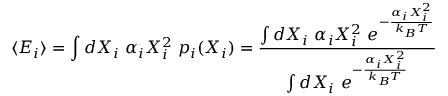
\langle E _ { i } \rangle = \int d X _ { i } \, \, \alpha _ { i } X _ { i } ^ { 2 } \, \, p _ { i } ( X _ { i } ) = { \frac { \int d X _ { i } \, \, \alpha _ { i } X _ { i } ^ { 2 } \, \, e ^ { - { \frac { \alpha _ { i } X _ { i } ^ { 2 } } { k _ { B } T } } } } { \int d X _ { i } \, \, e ^ { - { \frac { \alpha _ { i } X _ { i } ^ { 2 } } { k _ { B } T } } } } }